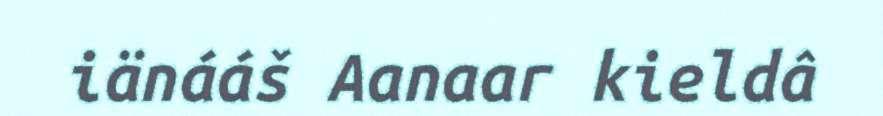
iänááš Aanaar kieldâ